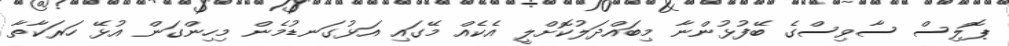
ޕޮލިސް ސާވިސްގެ ބޭފުޅުންނާ މިބައްދަލުކޮށްލީ އެކެއް މޭގައި އަޅުގަނޑުމެން މިހިންގަން އުޅޭ ހަރަކާތާ